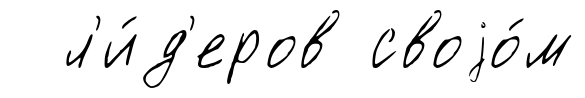
л'и́д'еров своjо́м